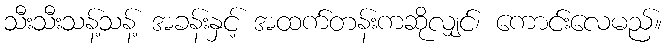
သီးသီးသန့်သန့် အခန်းနှင့် အထက်တန်းကဆိုလျှင်၊ ကောင်းလေမည်။